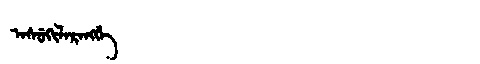
Manchu: ᠠᠰᡠᡴᡳᠯᠠᡵᠠᠩᡤᡝ
Romanization: ASUKILARANGGE